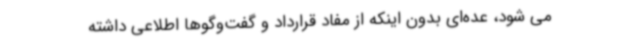
می شود، عده‌ای بدون اینکه از مفاد قرارداد و گفت‌وگوها اطلاعی داشته